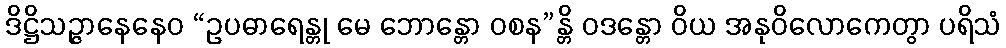
ဒိဋ္ဌိသဉ္ဇာနေနေဝ “ဥပဓာရေန္တု မေ ဘောန္တော ဝစန”န္တိ ဝဒန္တော ဝိယ အနုဝိလောကေတွာ ပရိသံ